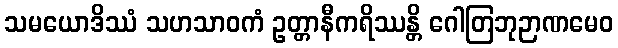
သမယောဒိဿံ သဟသာဝကံ ဥတ္တာနီကရိဿန္တိ ဂေါတြဘုဉာဏမေဝ